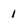
Character: 1